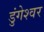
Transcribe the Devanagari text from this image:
डुंगेश्वर